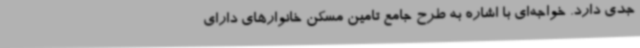
جدی دارد. خواجه‌ای با اشاره به طرح جامع تامین مسکن خانوارهای دارای